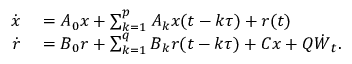
\begin{array} { r l } { \dot { \boldsymbol { x } } } & { { } = \boldsymbol { A } _ { 0 } \boldsymbol { x } + \sum _ { k = 1 } ^ { p } \boldsymbol { A } _ { k } \boldsymbol { x } ( t - k \tau ) + \boldsymbol { r } ( t ) } \\ { \dot { \boldsymbol { r } } } & { { } = \boldsymbol { B } _ { 0 } \boldsymbol { r } + \sum _ { k = 1 } ^ { q } \boldsymbol { B } _ { k } \boldsymbol { r } ( t - k \tau ) + \boldsymbol { C } \boldsymbol { x } + \boldsymbol { Q } \dot { { \boldsymbol { W } } } _ { t } . } \end{array}